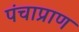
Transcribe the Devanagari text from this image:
पंचाप्राण